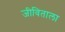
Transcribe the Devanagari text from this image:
जीविताला